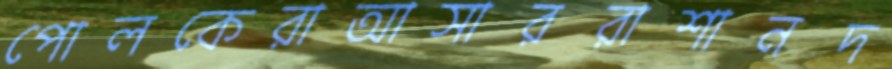
পোলকেরাআসাররাশানদ